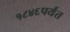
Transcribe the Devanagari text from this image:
१८४६पर्यंत